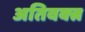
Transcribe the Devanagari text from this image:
अतिवक्त्र